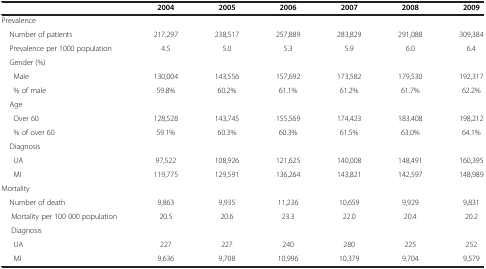
|  | 2004 | 2005 | 2006 | 2007 | 2008 | 2009 |
 | --- | --- | --- | --- | --- | --- | --- |
 | Prevalence |  |  |  |  |  |  |
 | Number of patients | 217,297 | 238,517 | 257,889 | 283,829 | 291,088 | 309,384 |
 | Prevalence per 1000 population | 4.5 | 5.0 | 5.3 | 5.9 | 6.0 | 6.4 |
 | Gender (%) |  |  |  |  |  |  |
 | Male | 130,004 | 143,556 | 157,692 | 173,582 | 179,530 | 192,317 |
 | % of male | 59.8% | 60.2% | 61.1% | 61.2% | 61.7% | 62.2% |
 | Age |  |  |  |  |  |  |
 | Over 60 | 128,528 | 143,745 | 155,569 | 174,423 | 183,408 | 198,212 |
 | % of over 60 | 59.1% | 60.3% | 60.3% | 61.5% | 63.0% | 64.1% |
 | Diagnosis |  |  |  |  |  |  |
 | UA | 97,522 | 108,926 | 121,625 | 140,008 | 148,491 | 160,395 |
 | MI | 119,775 | 129,591 | 136,264 | 143,821 | 142,597 | 148,989 |
 | Mortality |  |  |  |  |  |  |
 | Number of death | 9,863 | 9,935 | 11,236 | 10,659 | 9,929 | 9,831 |
 | Mortality per 100 000 population | 20.5 | 20.6 | 23.3 | 22.0 | 20.4 | 20.2 |
 | Diagnosis |  |  |  |  |  |  |
 | UA | 227 | 227 | 240 | 280 | 225 | 252 |
 | MI | 9,636 | 9,708 | 10,996 | 10,379 | 9,704 | 9,579 |